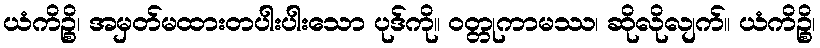
ယံကိဉ္စိ၊ အမှတ်မထားတပါးပါးသော ပုဒ်ကို။ ဝတ္တုကာမဿ၊ ဆိုလိုလျက်။ ယံကိဉ္စိ၊